65_HS1-834228961_62-HQ-83894_Section_9
Agency: FBI
Page 261
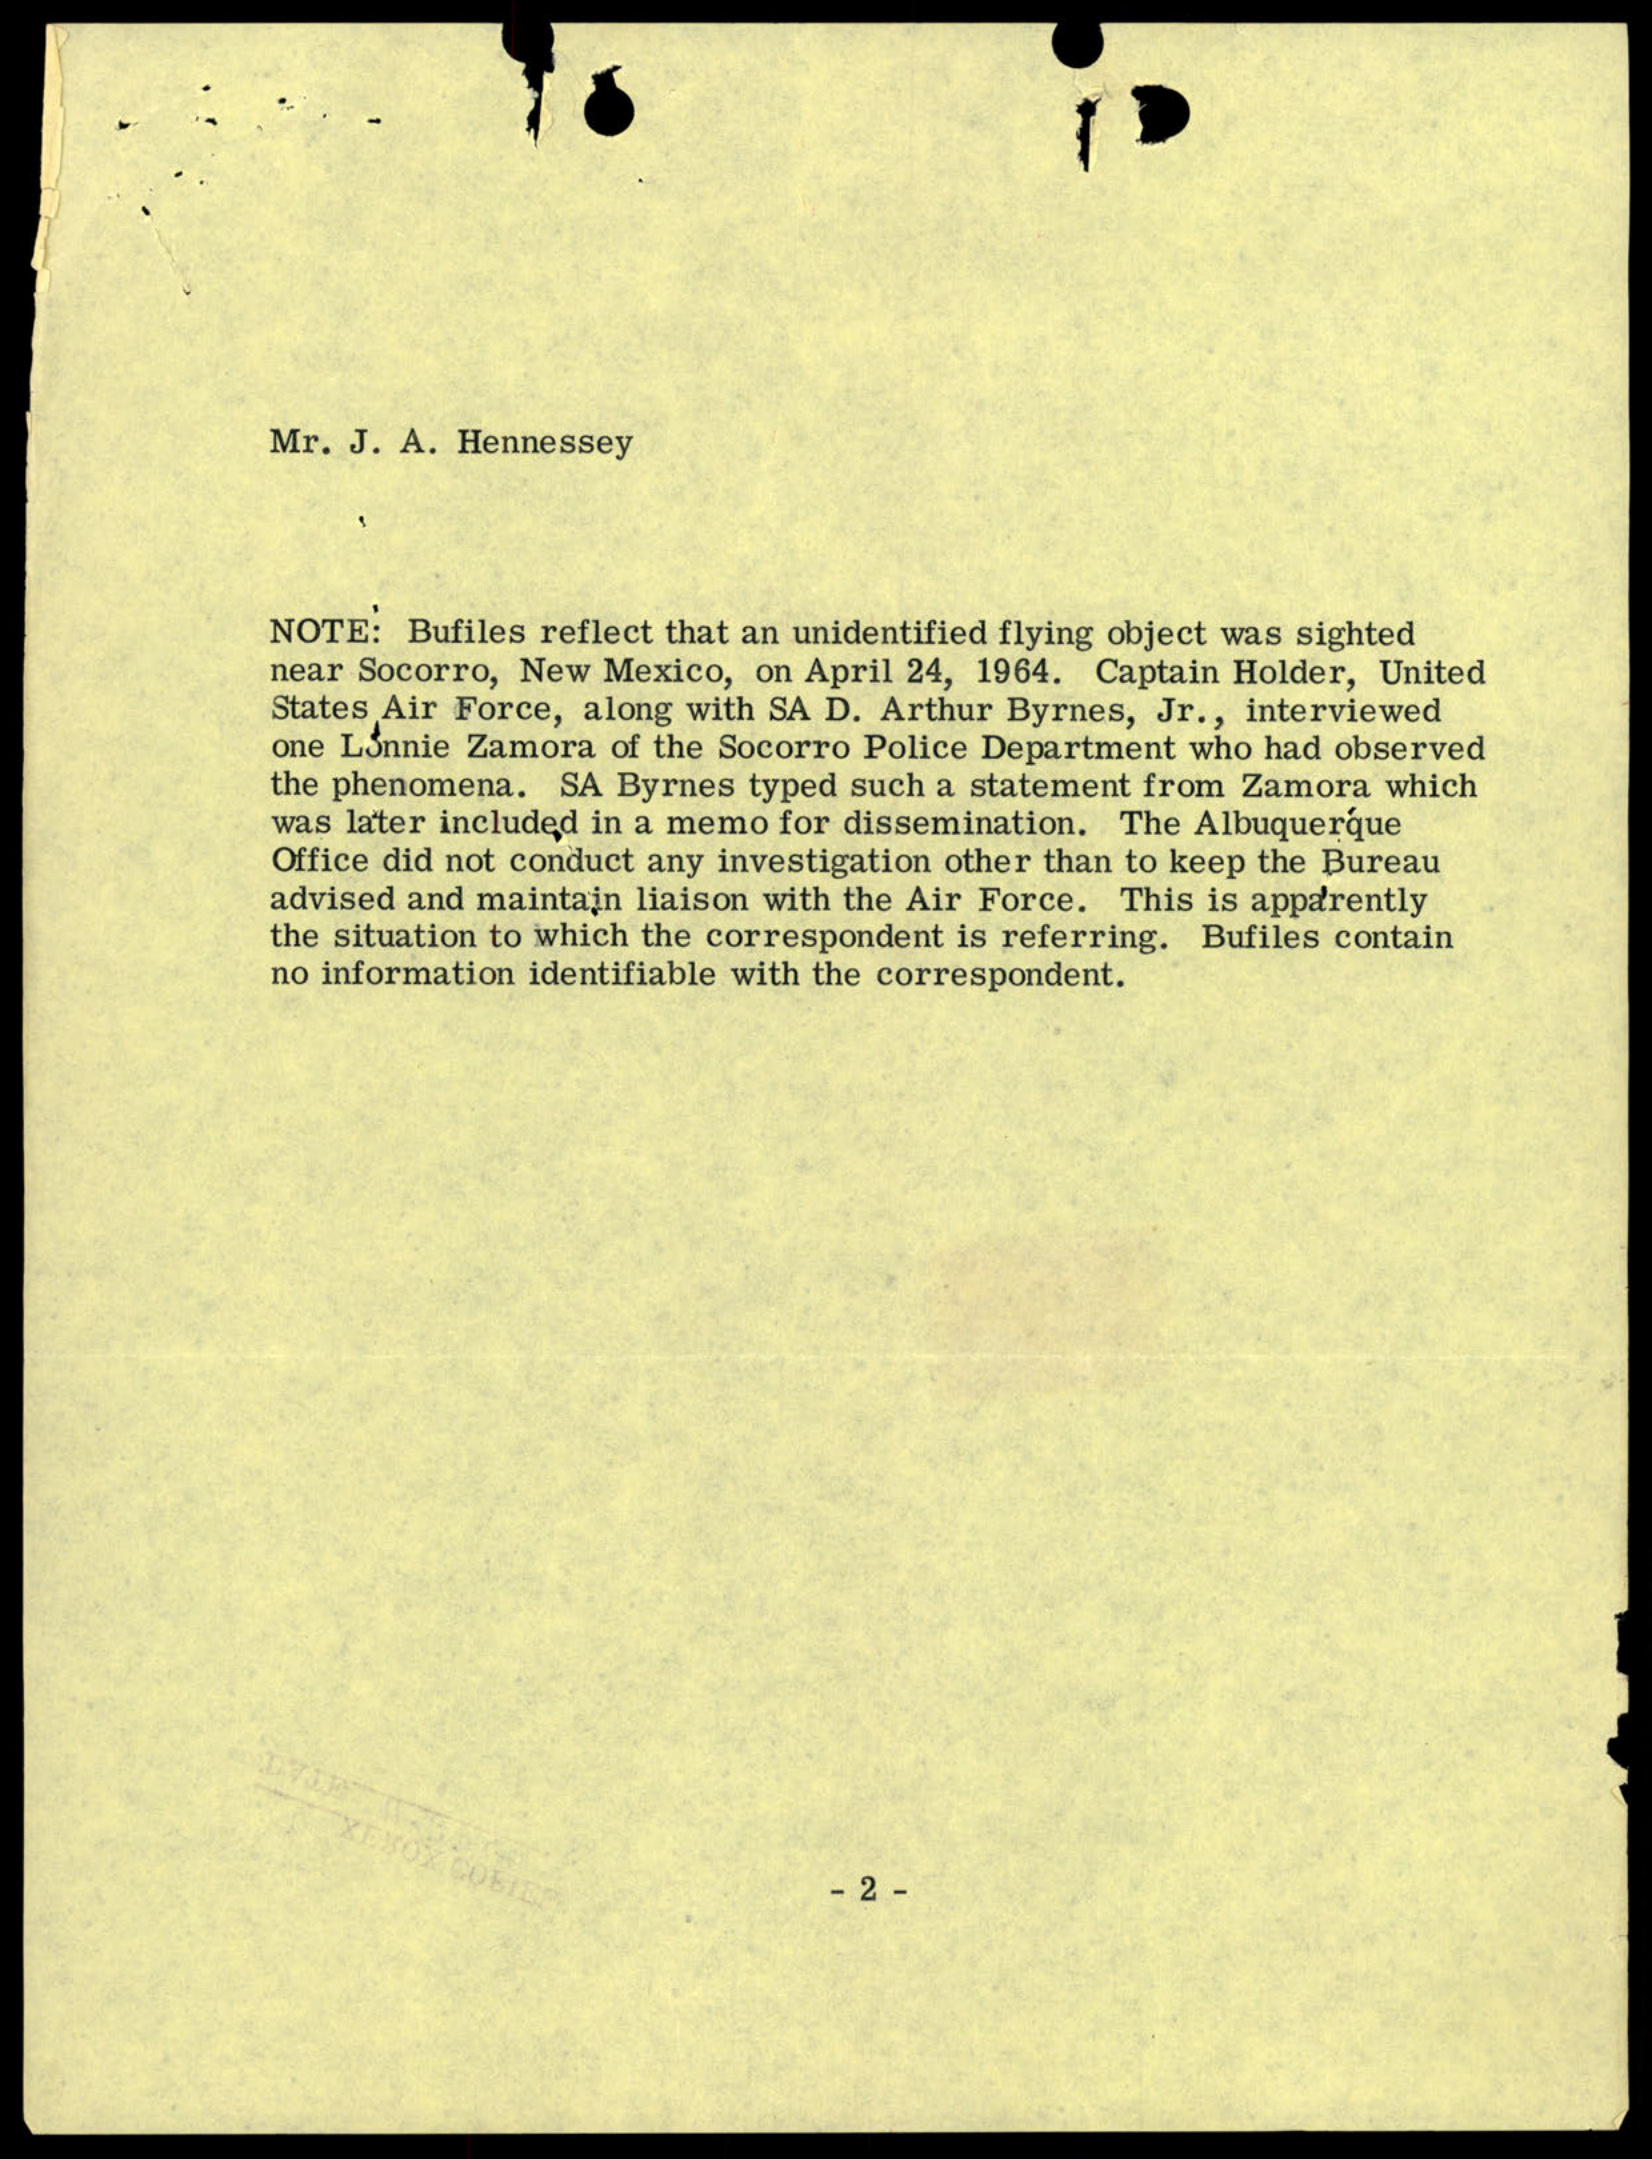